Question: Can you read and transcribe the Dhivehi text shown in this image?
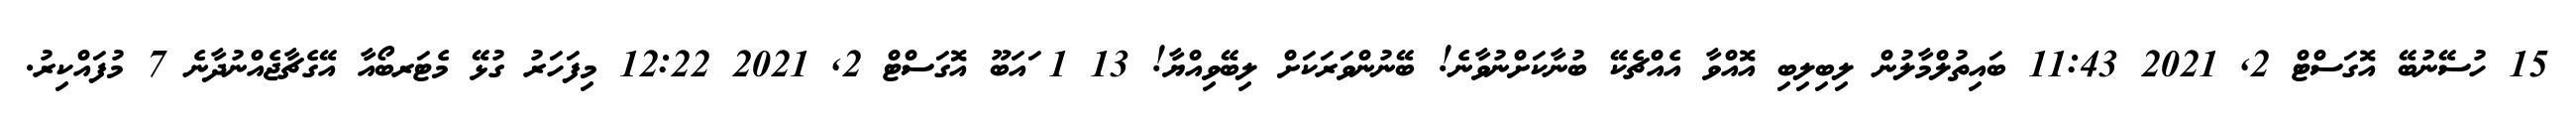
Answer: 15 ހުސޭނުބޭ އޮގަސްޓް 2, 2021 11:43 ބައިތުލްމާލުން ލިބިލިބި އޮއްވާ އެއްޗެކޭ ބުނާކަށްނުވާނެ! ބޭނުންވަރަކަށް ލިބޭވިއްޔާ! 13 1 ައަބޫ އޮގަސްޓް 2, 2021 12:22 މިފަހަރު ގުޅޭ މެޓަރބޯއާ އޭގެޗާޖެއްނުދާނެ 7 މުފައްކިރު.